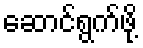
ဆောင်ရွက်ဖို့